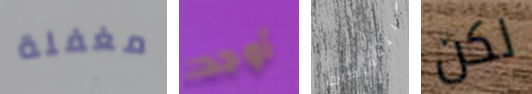
مغفلة أوجد التعويضات لكن